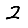
Digit: 2